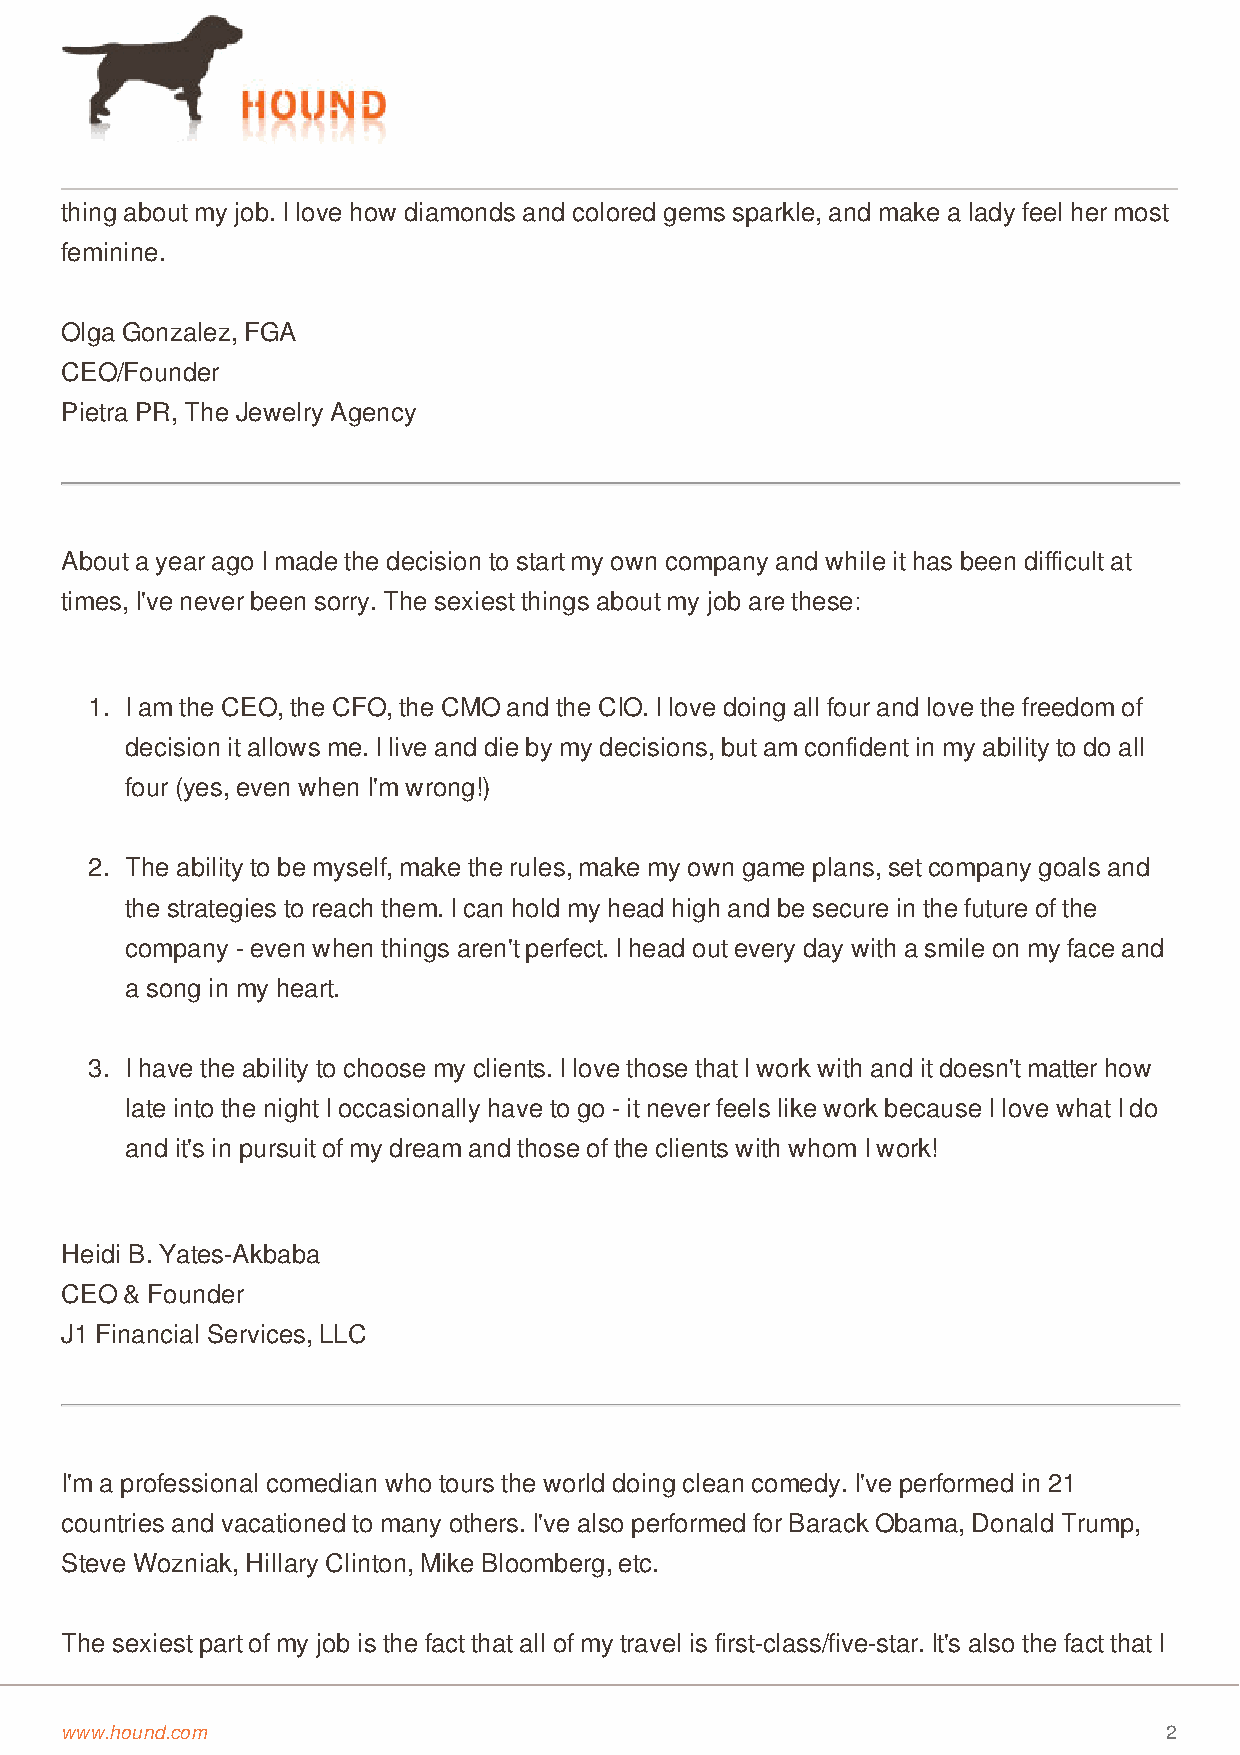
thing about my job. I love how diamonds and colored gems sparkle, and make a lady feel her most
 feminine.
 Olga Gonzalez, FGA
 CEO/Founder
 Pietra PR, The Jewelry Agency
 About a year ago I made the decision to start my own company and while it has been difficult at
 times, I've never been sorry. The sexiest things about my job are these:
 1. I am the CEO, the CFO, the CMO and the CIO. I love doing all four and love the freedom of
 decision it allows me. I live and die by my decisions, but am confident in my ability to do all
 four (yes, even when I'm wrong!)
 2. The ability to be myself, make the rules, make my own game plans, set company goals and
 the strategies to reach them. I can hold my head high and be secure in the future of the
 company - even when things aren't perfect. I head out every day with a smile on my face and
 a song in my heart.
 3. I have the ability to choose my clients. I love those that I work with and it doesn't matter how
 late into the night I occasionally have to go - it never feels like work because I love what I do
 and it's in pursuit of my dream and those of the clients with whom I work!
 Heidi B. Yates-Akbaba
 CEO & Founder
 J1 Financial Services, LLC
 I'm a professional comedian who tours the world doing clean comedy. I've performed in 21
 countries and vacationed to many others. I've also performed for Barack Obama, Donald Trump,
 Steve Wozniak, Hillary Clinton, Mike Bloomberg, etc.
 The sexiest part of my job is the fact that all of my travel is first-class/five-star. It's also the fact that I
 www.hound.com                                                            2